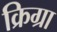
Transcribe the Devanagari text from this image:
क्रिग्रा